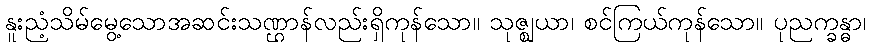
နူးညံ့သိမ်မွေ့သောအဆင်းသဏ္ဌာန်လည်းရှိကုန်သော။ သုဇ္ဈယာ၊ စင်ကြယ်ကုန်သော။ ပုညက္ခန္ဓာ၊